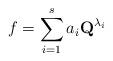
LaTeX: \begin{align*}f=\sum_{i=1}^s a_i\textbf{Q}^{\lambda_i}\end{align*}